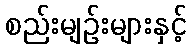
စည်းမျဉ်းများနှင့်